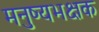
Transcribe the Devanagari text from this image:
मनुष्यभक्षक